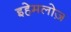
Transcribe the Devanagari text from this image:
इहेमलोज़